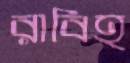
রাবিহ